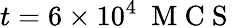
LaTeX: t=6\times 10^{4}~\mathrm{~M~C~S~}